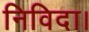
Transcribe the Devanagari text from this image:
निविदा।